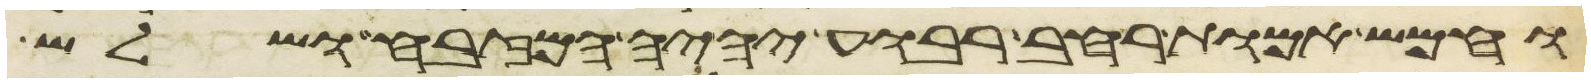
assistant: וחמש אמות רחב רבוע יהיה המזבח ושלש